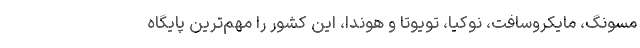
مسونگ، مایکروسافت، نوکیا، تویوتا و هوندا، این کشور را مهم­ترین پایگاه